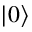
| 0 \rangle